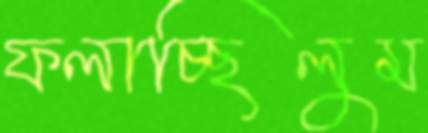
ফলাচ্ছিলুম